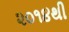
૨૦૧૪થી